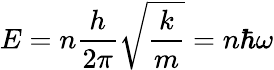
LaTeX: E=n{\frac{h}{2\pi}}{\sqrt{\frac{k}{m}}}=n\hbar\omega